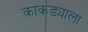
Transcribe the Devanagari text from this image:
काकड्याला